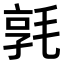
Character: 𣮢